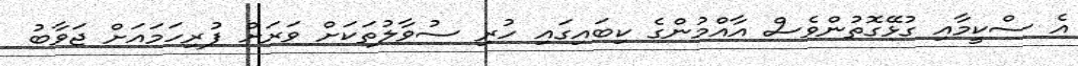
އެ ސްކީމާއި ގުޅޭގޮތުންވެސް އާއްމުންގެ ކިބައިގައި ހުރި ސުވާލުތަކަށް ވަރަށް ފުރިހަމައަށް ޖަވާބު